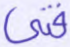
فتى